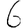
Digit: 6